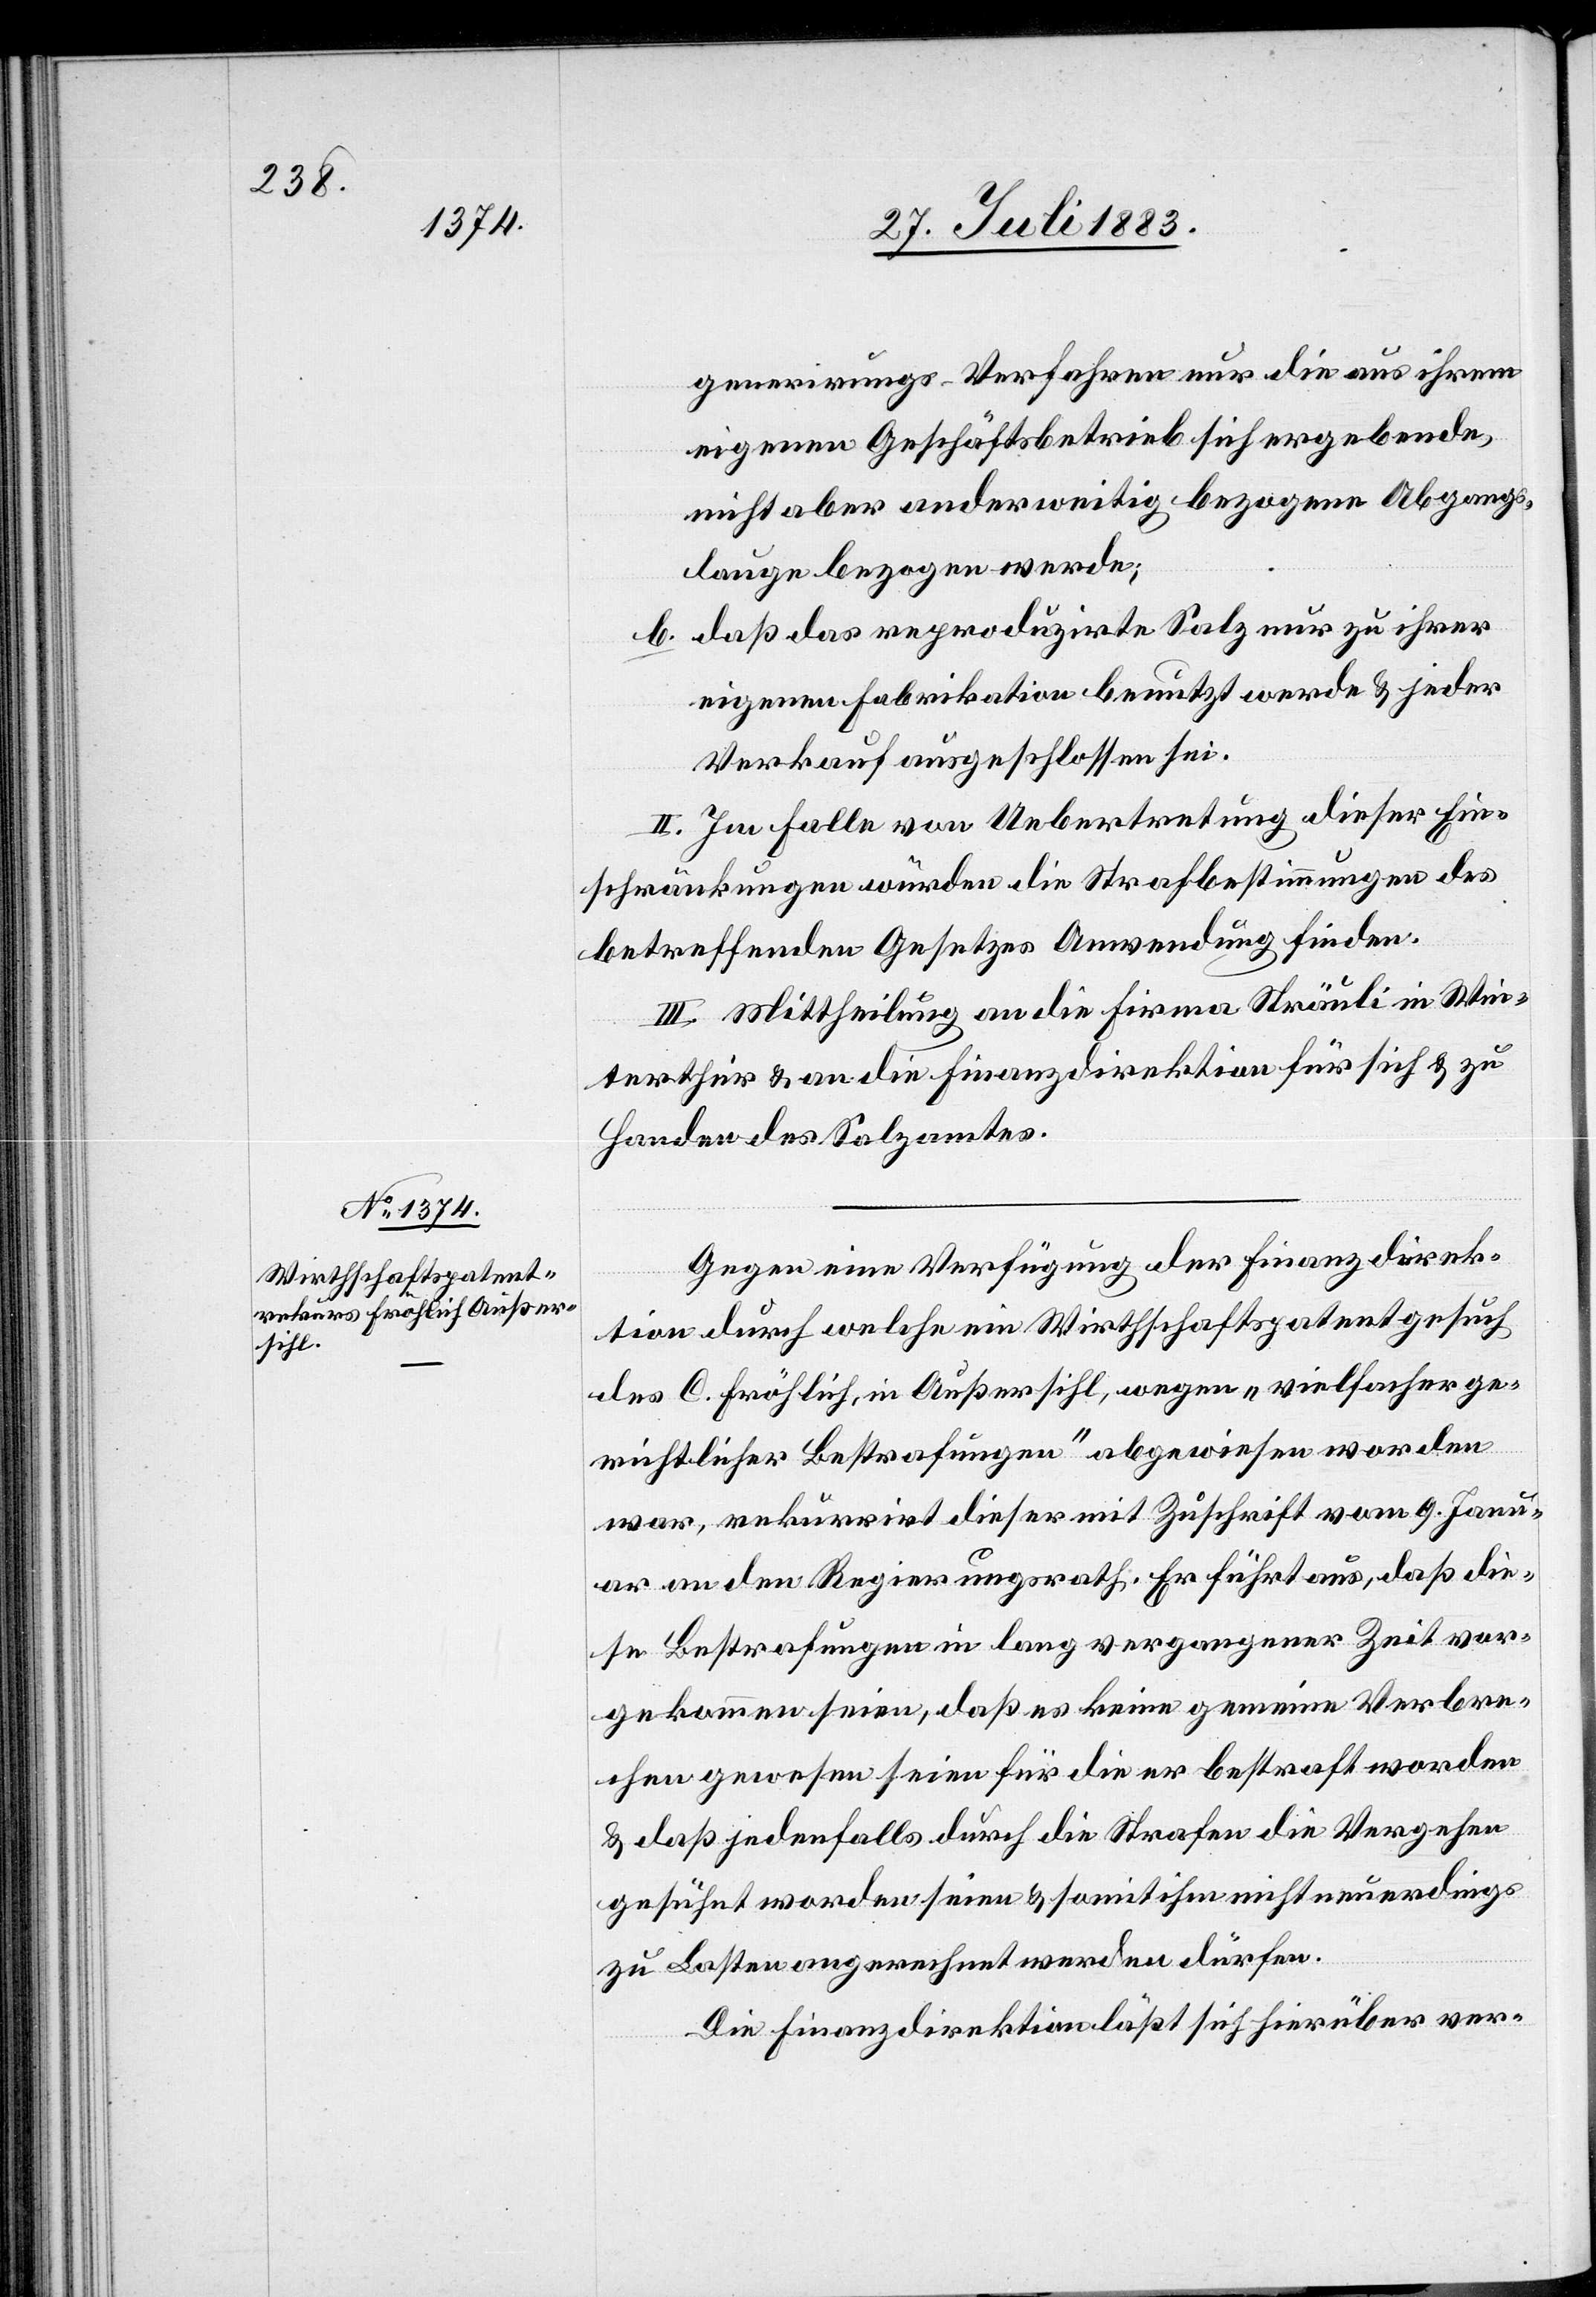
genereirungs-Verfahren nur die aus ihrem
eigenen Geschäftsbetrieb sich ergebende,
nicht aber anderweitig bezogene Abgangs¬
lauge bezogen werde;
b. daß das reproduzirte Salz nur zu ihrer
eigenen Fabrikation benutzt werde & jeder
Verkauf ausgeschlossen sei.
II. Im Falle von Uebertretung dieser Ein¬
schränkungen würden die Strafbestimmungen des
betreffenden Gesetzes Anwendung finden.
III. Mittheilung an die Firma Sträuli in Win¬
terthur & an die Finanzdirektion für sich & zu
Handen des Salzamtes.
Gegen eine Verfügung der Finanzdirek¬
tion durch welche ein Wirtschaftspatentgesuch
des C. Fröhlich, in Außersihl, wegen „vielfacher ge¬
richtlicher Bestrafungen“ abgewiesen worden
war, rekurrirt dieser mit Zuschrift vom 9. Janu¬
ar an den Regierungsrath. Er führt aus, daß die¬
se Bestrafungen in lang vergangener Zeit vor¬
gekommen seien, daß es keine gemeine Verbre¬
chen gewesen seien[,] für die er bestraft worden
& daß jedenfalls durch die Strafen die Vergehen
gesühnt worden seien & somit nicht neuerdings
zu Lasten angerechnet werden dürfen.
Die Finanzdirektion läßt sich hierüber ver-